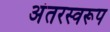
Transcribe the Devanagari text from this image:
अंतरस्वरूप